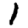
Digit: 1